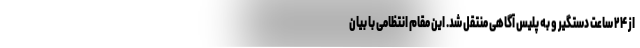
از ۲۴ ساعت دستگیر و به پلیس آگاهی منتقل شد. این مقام انتظامی با بیان